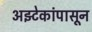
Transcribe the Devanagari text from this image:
अझ्टेकांपासून